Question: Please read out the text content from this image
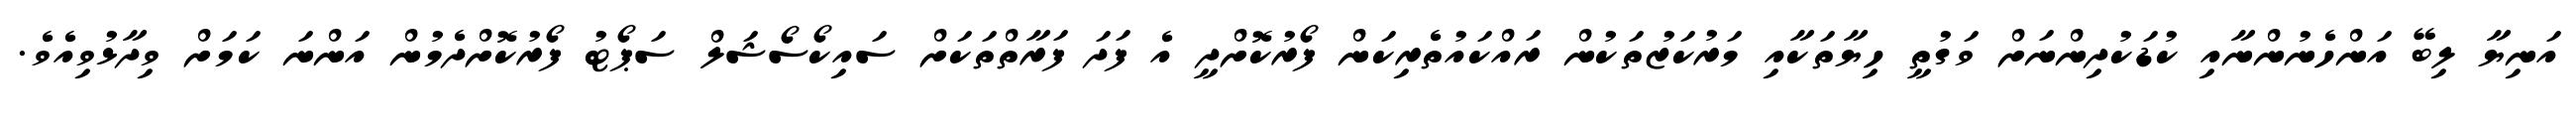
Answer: އަނިޔާ ލިބޭ އަންހެނުންނާއި ކުޑަކުދިންނަށް ވަގުތީ ހިޔާތަކާއި މަރުކަޒުތަކުން ރައްކައުތެރިކަން ފޯރުކޮށްދީ އެ ފަދަ ފަރާތްތަކަށް ސައިކޯސޯޝަލް ސަޕޯޓު ފޯރުކޮށްދެމުން އަންނަ ކަމަށް ވިދާޅުވިއެވެ.